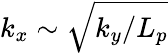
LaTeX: k_{x}\sim\sqrt{k_{y}/L_{p}}